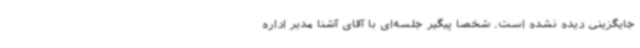
جایگزینی دیده نشده است. شخصا پیگیر جلسه‌ای با آقای آشنا مدیر اداره